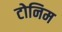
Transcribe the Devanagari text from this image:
टोनिम